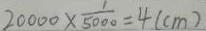
2 0 0 0 0 \times \frac { 1 } { 5 0 0 0 } = 4 ( c m )